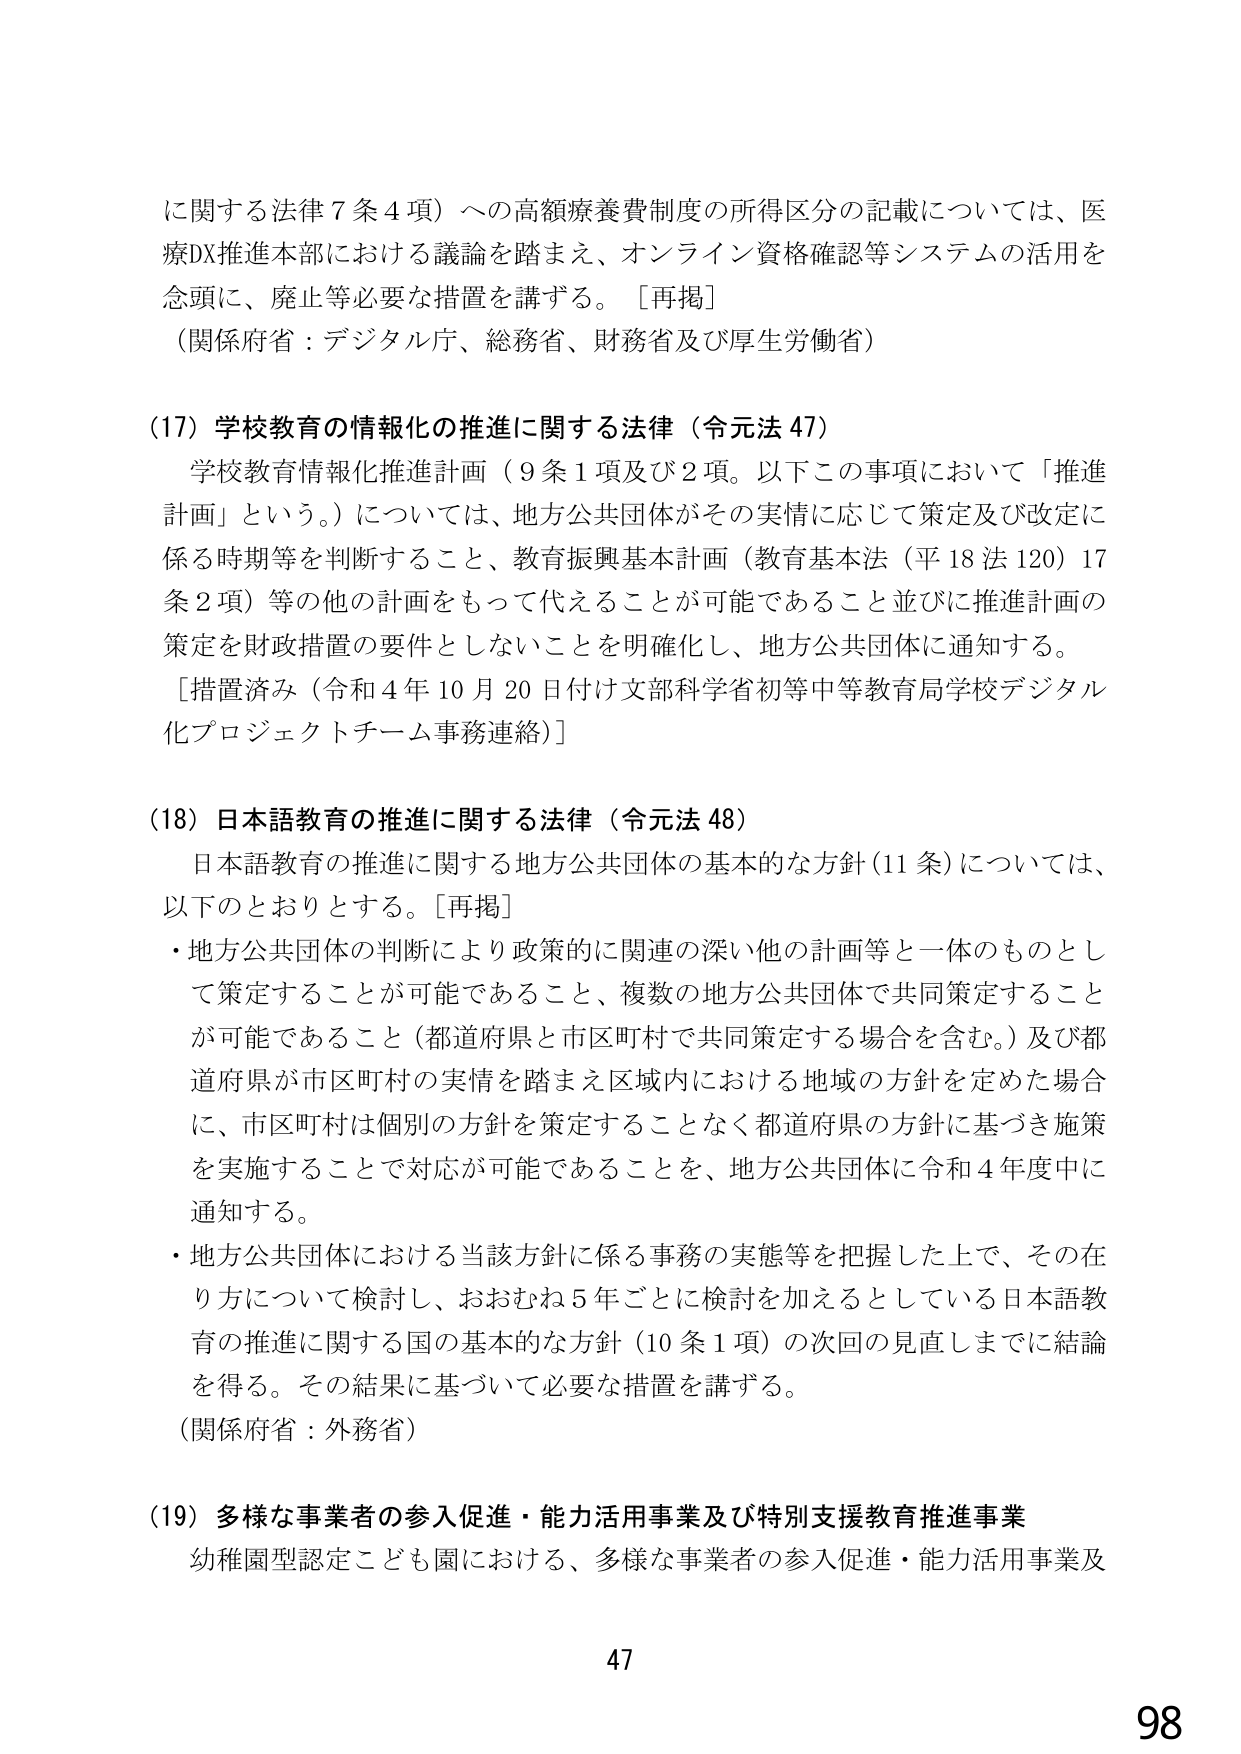
に関する法律７条４項）への高額療養費制度の所得区分の記載については、医療DX推進本部における議論を踏まえ、オンライン資格確認等システムの活用を念頭に、廃止等必要な措置を講ずる。［再掲］
（関係府省：デジタル庁、総務省、財務省及び厚生労働省）

（17）学校教育の情報化の推進に関する法律（令元法47）
　学校教育情報化推進計画（9条1項及び2項。以下この事項において「推進計画」という。）については、地方公共団体がその実情に応じて策定及び改定に係る時期等を判断すること、教育振興基本計画（教育基本法（平18法120）17条2項）等の他の計画をもって代えることが可能であること並びに推進計画の策定を財政措置の要件としないことを明確化し、地方公共団体に通知する。
　［措置済み（令和4年10月20日付け文部科学省初等中等教育局学校デジタル化プロジェクトチーム事務連絡）］

（18）日本語教育の推進に関する法律（令元法48）
　日本語教育の推進に関する地方公共団体の基本的な方針（11条）については、以下のとおりとする。［再掲］
・地方公共団体の判断により政策的に関連の深い他の計画等と一体のものとして策定することが可能であること、複数の地方公共団体で共同策定することが可能であること（都道府県と市区町村で共同策定する場合を含む。）及び都道府県が市区町村の実情を踏まえ区域内における地域の方針を定めた場合に、市区町村は個別の方針を策定することなく都道府県の方針に基づき施策を実施することで対応が可能であることを、地方公共団体に令和4年度中に通知する。
・地方公共団体における当該方針に係る事務の実態等を把握した上で、その在り方について検討し、おおむね5年ごとに検討を加えるとしている日本語教育の推進に関する国の基本的な方針（10条1項）の次回の見直しまでに結論を得る。その結果に基づいて必要な措置を講ずる。
（関係府省：外務省）

（19）多様な事業者の参入促進・能力活用事業及び特別支援教育推進事業
　幼稚園型認定こども園における、多様な事業者の参入促進・能力活用事業及

47
98